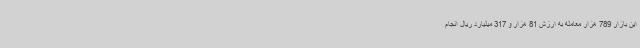
این بازار 789 هزار معامله به ارزش 81 هزار و 317 میلیارد ریال انجام